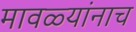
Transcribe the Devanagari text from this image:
मावळ्यांनाच